Madras plague regulations in force outside the Presidency town - Volume 5
Disease focus: Plague
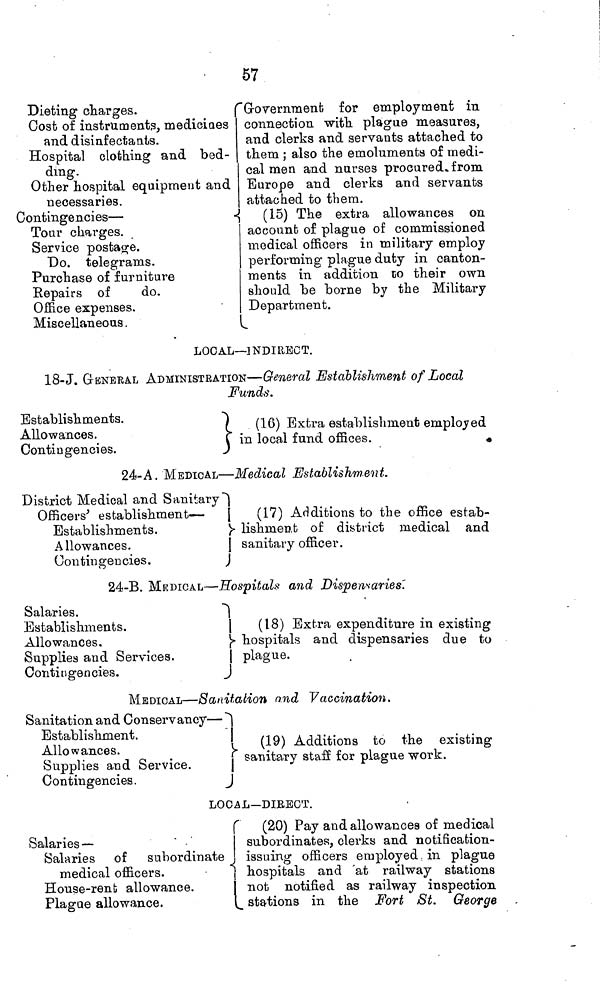
57
Dieting charges.
Cost of instruments, medicines
and disinfectants.
Hospital clothing and bed-
ding.
Other hospital equipment and
necessaries.
Contingencies —
Tour charges.
Service postage.
Do. telegrams.
Purchase of furniture
Repairs of
do.
Office expenses.
Miscellaneous.
Government for employment in
connection with plague measures,
and clerks and servants attached to
them ; also the emoluments of medi-
cal men and nurses procured, from
Europe and clerks and servants
attached to them.
(15) The extra allowances on
account of plague of commissioned
medical officers in military employ
performing plague duty in canton-
ments in addition to their own
should be borne by the Military
Department.
LOCAL—INDIRECT.
18-J. GENERAL ADMINISTRATION—General Establishment of Local
Funds.
Establishments.
Allowances.
Contingencies.
(16) Extra establishment employed
in local fund offices.
24-A. MEDICAL—Medical Establishment.
District Medical and Sanitary
Officers' establishment —
Establishments.
Allowances.
Contingencies.
(17) Additions to the office estab-
lishment of district medical and
sanitary officer.
24-B. MEDICAL—Hospitals and Dispensaries.
Salaries.
Establishments.
Allowances.
Supplies and Services.
Contingencies.
(18) Extra expenditure in existing
hospitals and dispensaries due to
plague.
MEDICAL—Sanitation and Vaccination.
Sanitation and Conservancy —
Establishment.
Allowances.
Supplies and Service.
Contingencies.
(19) Additions to the existing
sanitary staff for plague work.
LOCAL—DIRECT.
Salaries —
Salaries of subordinate
medical officers.
House-rent allowance.
Plagae allowance.
(20) Pay and allowances of medical
subordinates, clerks and notification-
issuing officers employed in plague
hospitals and at railway stations
not notified as railway inspection
stations in the Fort St. George